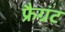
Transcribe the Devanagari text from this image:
फ्रैग्रंट